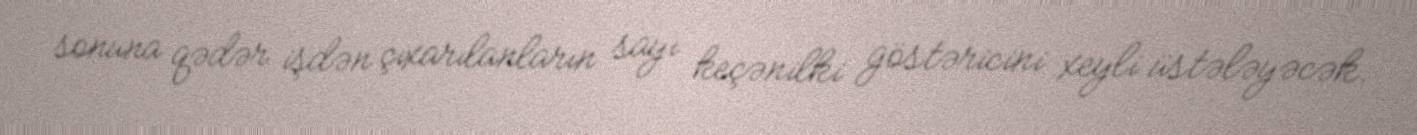
sonuna qədər işdən çıxarılanların sayı keçənilki göstəricini xeyli üstələyəcək.